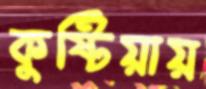
কুষ্টিয়ায়